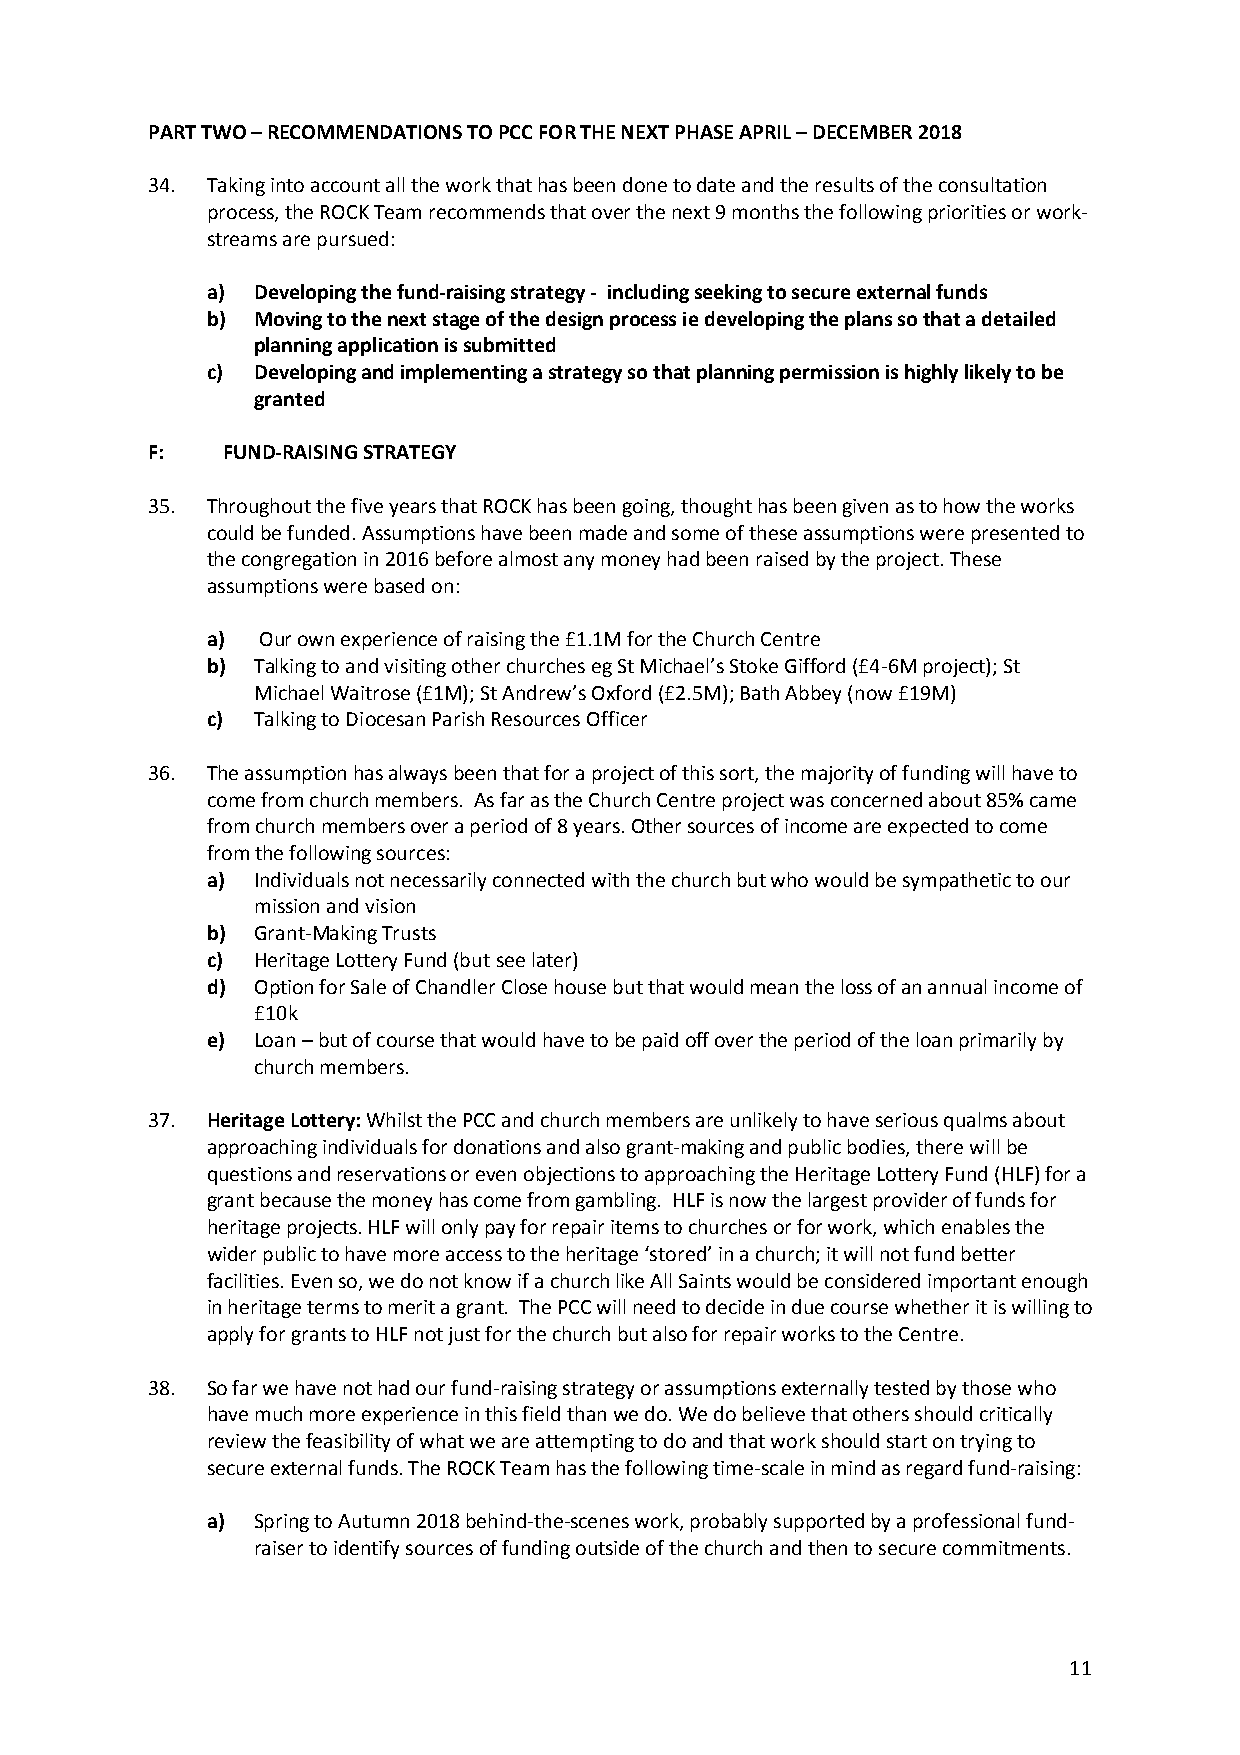
PART TWO – RECOMMENDATIONS TO PCC FOR THE NEXT PHASE APRIL – DECEMBER 2018
 34. Taking into account all the work that has been done to date and the results of the consultation
 process, the ROCK Team recommends that over the next 9 months the following priorities or work-
 streams are pursued:
 a) Developing the fund-raising strategy - including seeking to secure external funds
 b) Moving to the next stage of the design process ie developing the plans so that a detailed
 planning application is submitted
 c) Developing and implementing a strategy so that planning permission is highly likely to be
 granted
 F:   FUND-RAISING STRATEGY
 35. Throughout the five years that ROCK has been going, thought has been given as to how the works
 could be funded. Assumptions have been made and some of these assumptions were presented to
 the congregation in 2016 before almost any money had been raised by the project. These
 assumptions were based on:
 a) Our own experience of raising the £1.1M for the Church Centre
 b) Talking to and visiting other churches eg St Michael’s Stoke Gifford (£4-6M project); St
 Michael Waitrose (£1M); St Andrew’s Oxford (£2.5M); Bath Abbey (now £19M)
 c) Talking to Diocesan Parish Resources Officer
 36. The assumption has always been that for a project of this sort, the majority of funding will have to
 come from church members. As far as the Church Centre project was concerned about 85% came
 from church members over a period of 8 years. Other sources of income are expected to come
 from the following sources:
 a) Individuals not necessarily connected with the church but who would be sympathetic to our
 mission and vision
 b) Grant-Making Trusts
 c) Heritage Lottery Fund (but see later)
 d) Option for Sale of Chandler Close house but that would mean the loss of an annual income of
 £10k
 e) Loan – but of course that would have to be paid off over the period of the loan primarily by
 church members.
 37. Heritage Lottery: Whilst the PCC and church members are unlikely to have serious qualms about
 approaching individuals for donations and also grant-making and public bodies, there will be
 questions and reservations or even objections to approaching the Heritage Lottery Fund (HLF) for a
 grant because the money has come from gambling. HLF is now the largest provider of funds for
 heritage projects. HLF will only pay for repair items to churches or for work, which enables the
 wider public to have more access to the heritage ‘stored’ in a church; it will not fund better
 facilities. Even so, we do not know if a church like All Saints would be considered important enough
 in heritage terms to merit a grant. The PCC will need to decide in due course whether it is willing to
 apply for grants to HLF not just for the church but also for repair works to the Centre.
 38. So far we have not had our fund-raising strategy or assumptions externally tested by those who
 have much more experience in this field than we do. We do believe that others should critically
 review the feasibility of what we are attempting to do and that work should start on trying to
 secure external funds. The ROCK Team has the following time-scale in mind as regard fund-raising:
 a) Spring to Autumn 2018 behind-the-scenes work, probably supported by a professional fund-
 raiser to identify sources of funding outside of the church and then to secure commitments.
 11